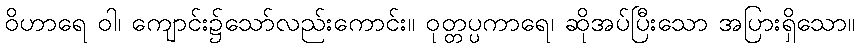
ဝိဟာရေ ဝါ၊ ကျောင်း၌သော်လည်းကောင်း။ ဝုတ္တပ္ပကာရေ၊ ဆိုအပ်ပြီးသော အပြားရှိသော။